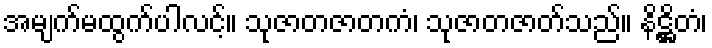
အမျက်မထွက်ပါလင့်။ သုဇာတဇာတကံ၊ သုဇာတဇာတ်သည်။ နိဋ္ဌိတံ၊